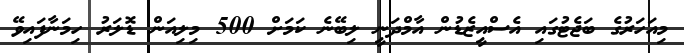
މިއަހަރުގެ ބަޖެޓުގައި އެސްއީޒެޑުން އާމްދަނީ ލިބޭނެ ކަމަށް 500 މިލިއަން ޑޮލަރު ހިމަނާފައިވޭ